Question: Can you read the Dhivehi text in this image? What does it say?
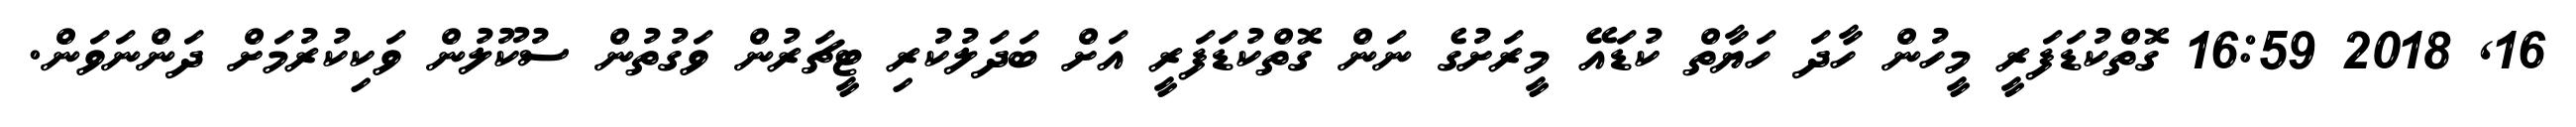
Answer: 16, 2018 16:59 ގޮތްކުޑަފަރީ މީހުން ހާދަ ހަޔާތް ކުޑައޭ މީރަށުގެ ނަން ގޮތްކުޑަފަރީ އަށް ބަދަލުކުރި ޓީޗަރުން ވަގުތުން ސުކޫލުން ވަކިކުރުމަށް ދަންނަވަން.